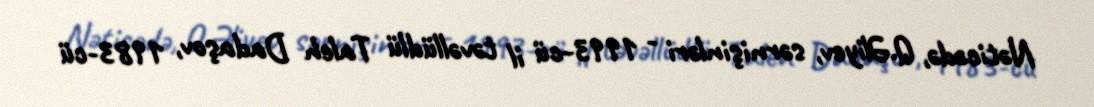
Nəticədə, Q.Əliyev, sərnişinləri - 1993-cü il təvəllüdlü Taleh Dadaşov, 1983-cü